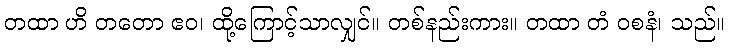
တထာ ဟိ တတော ဧဝ၊ ထို့ကြောင့်သာလျှင်။ တစ်နည်းကား။ တထာ တံ ဝစနံ၊ သည်။